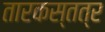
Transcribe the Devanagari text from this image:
तारकस्तत्र